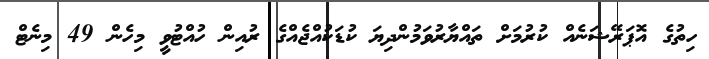
ހިތުގެ އޮޕަރޭޝަނެއް ކުރުމަށް ތައްޔާރުވަމުންދިޔަ ކުޑަކުއްޖެއްގެ ރުއިން ހުއްޓުވީ މިހެން 49 މިނެޓް